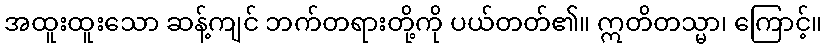
အထူးထူးသော ဆန့်ကျင် ဘက်တရားတို့ကို ပယ်တတ်၏။ ဣတိတသ္မာ၊ ကြောင့်။